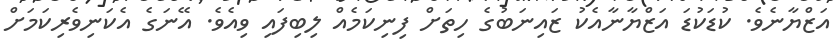
އަޒްޔާނެވެ. ކުޑަކުޑަ އަޒްޔާނާއެކު ޒައިނަބުގެ ހިތަށް ފިނިކަމެއް ލިބިފައި ވިއެވެ. އޭނަގެ އެކަނިވެރިކަމަށް